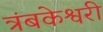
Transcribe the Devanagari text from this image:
त्रंबकेश्वरी